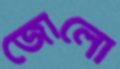
জোলো